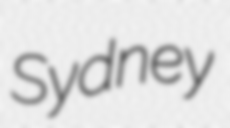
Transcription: Sydney